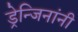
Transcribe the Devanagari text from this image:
ड्रेन्जिनांनी